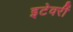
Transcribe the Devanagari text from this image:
इटेवरीं